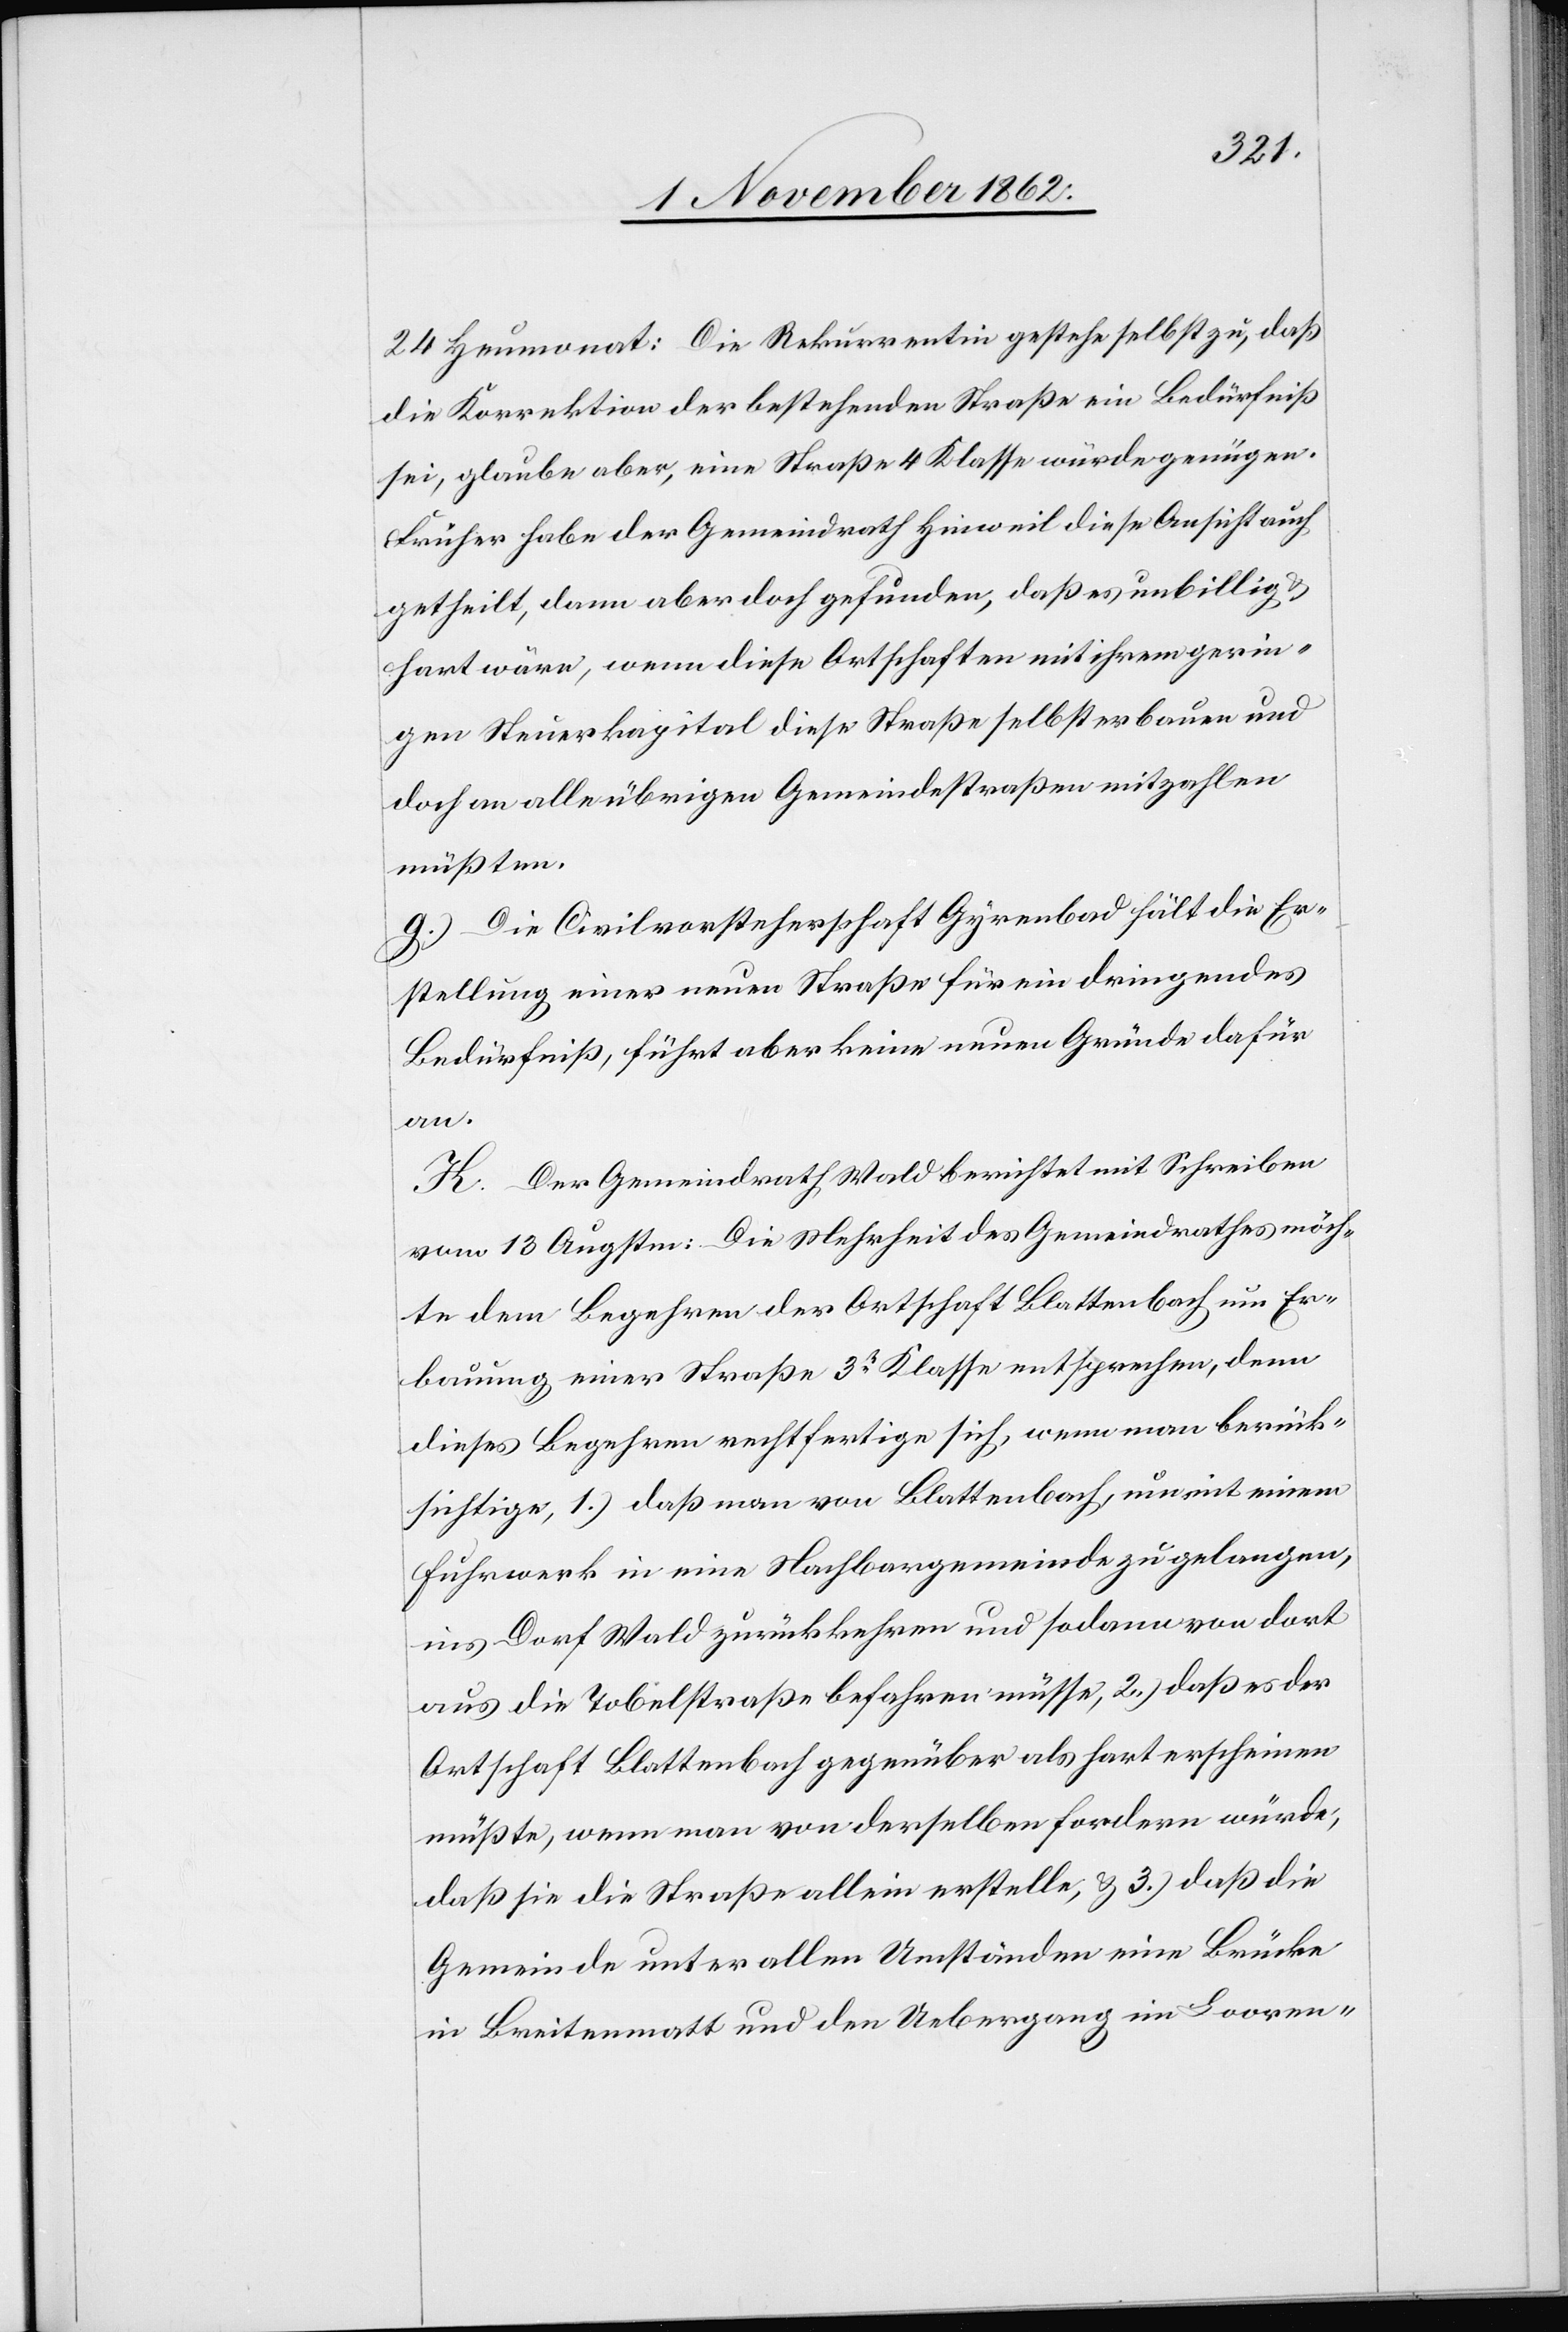
24. Heumonat: Die Rekurrentin gestehe selbst zu, daß
die Korrektion der bestehenden Straße ein Bedürfniß
sei, glaube aber, eine Straße 4. Klasse würde genügen.
Früher habe der Gemeindrath Hinweil diese Ansicht auch
getheilt, dann aber doch gefunden, daß es unbillig u.
hart wäre, wenn diese Ortschaften mit ihrem gerin¬
gen Steuerkapital diese Straße selbst erbauen und
doch an alle übrigen Gemeindestraßen mitzahlen
müßten.
g) Die Civilvorsteherschaft Gyrenbad hält die Er¬
stellung einer neuen Straße für ein dringendes
Bedürfniß, führt aber keine neuen Gründe dafür
an.
K. Der Gemeindrath Wald berichtet mit Schreiben
vom 13. Augsten: Die Mehrheit des Gemeindrathes möch¬
te dem Begehren der Ortschaft Blattenbach um Er¬
bauung einer Straße 3t Klasse entsprechen, denn
dieses Begehren rechtfertige sich, wenn man berück¬
sichtige, 1.) daß man von Blattenbach um mit einem
Fuhrwerk in eine Nachbargemeinde zu gelangen,
ins Dorf Wald zurückkehren und sodann von dort
aus die Tobelstraße befahren müsse, 2.) daß es der
Ortschaft Blattenbach gegenüber als hart erscheinen
müßte, wenn man von derselben fordern würde,
daß sie die Straße allein erstelle, u. 3.) daß die
Gemeinde unter allen Umständen eine Brücke
in Breitenmatt und den Uebergang im Looren-